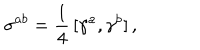
\sigma ^ { a b } = \frac { 1 } { 4 } \, [ \gamma ^ { a } , \gamma ^ { b } ] \, { , }